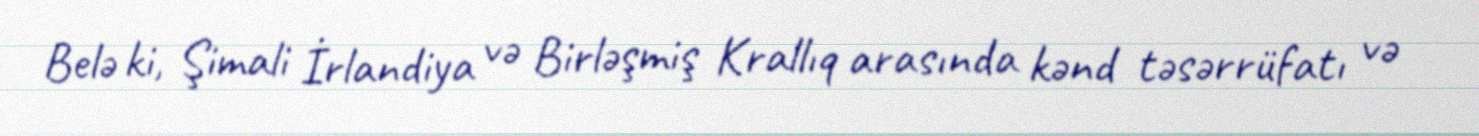
Belə ki, Şimali İrlandiya və Birləşmiş Krallıq arasında kənd təsərrüfatı və